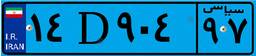
۳۳D۶۳۶۳۲